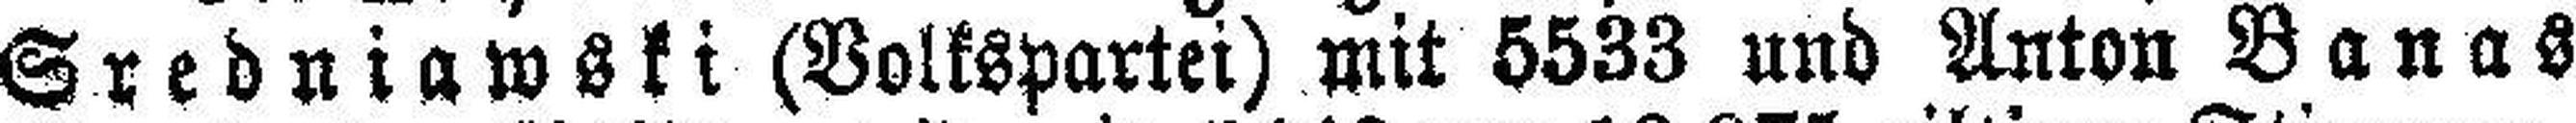
Sredniawski (Volkspartei) mit 5533 und Anton Banas